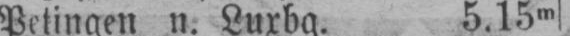
Petingen n. Luxbg. 5.15m